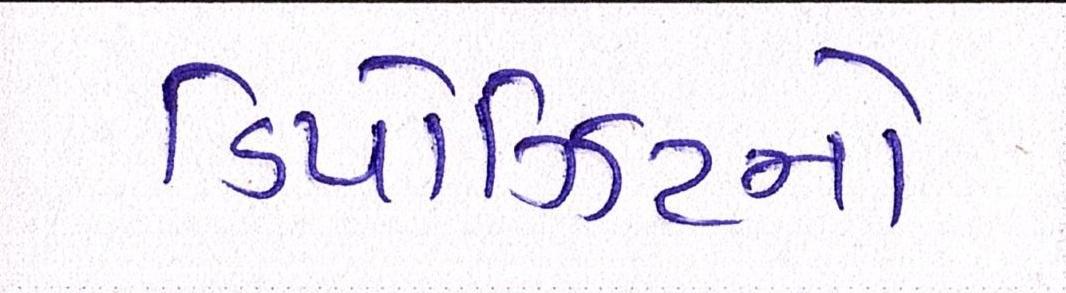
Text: ડિપોઝિટનો